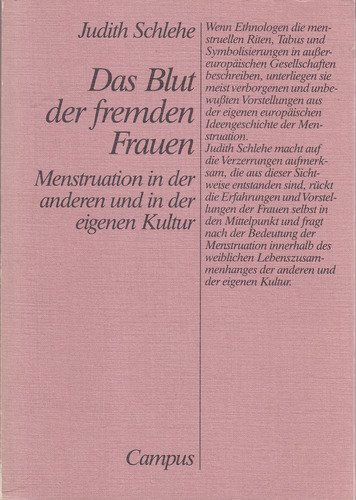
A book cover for Das Blut der fremden Frauen: Menstruation in der anderen und in der eigenen Kultur (German Edition); Judith Schlehe; Health, Fitness & Dieting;